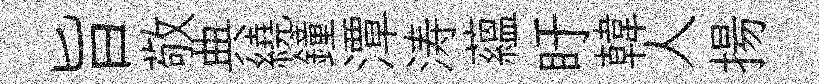
旨敬典繞鐘潭涛蘊盱韓人揚